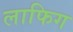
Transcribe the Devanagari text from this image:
लाफिग